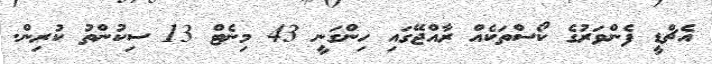
އެޗްޑީ ފެންވަރުގެ ކޯސްތަކެއް ރާއްޖޭގައި ހިންގަނީ 43 މިނެޓް 13 ސިކުންތު ކުރިން.